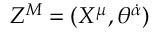
Z ^ { M } = ( X ^ { \mu } , \theta ^ { \dot { \alpha } } )